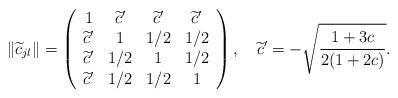
LaTeX: \begin{align*} \|\widetilde{c}_{jl}\| = \left(\begin{array}{cccc} 1 & \widetilde{c}' & \widetilde{c}' & \widetilde{c}' \\ \widetilde{c}' & 1 & 1/2 & 1/2 \\ \widetilde{c}' & 1/2 & 1 & 1/2 \\ \widetilde{c}' & 1/2 & 1/2 & 1 \end{array} \right) ,\quad\widetilde{c}' = - \sqrt{\frac{1+3c}{2(1+2c)}} .\end{align*}